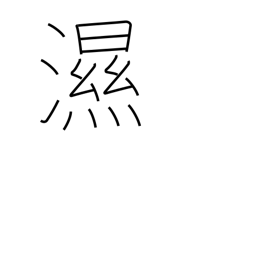
Meaning: an illness